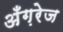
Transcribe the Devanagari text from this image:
अँग़रेज